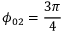
\phi _ { 0 2 } = \frac { 3 \pi } { 4 }